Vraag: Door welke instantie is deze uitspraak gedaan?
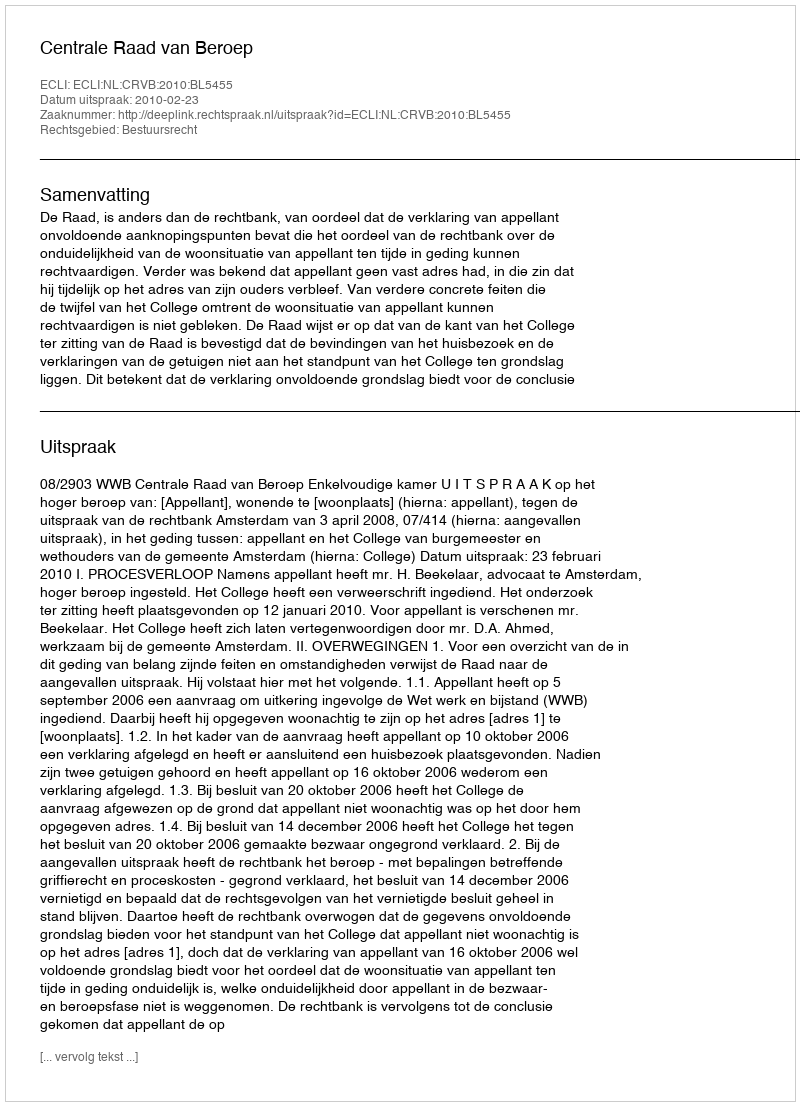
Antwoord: Centrale Raad van Beroep